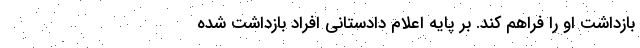
بازداشت او را فراهم کند. بر پایه اعلام دادستانی افراد بازداشت شده